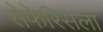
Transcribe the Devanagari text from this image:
सेफेरिसला